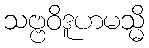
သဗ္ဗဝိဒူဟမသ္မိ